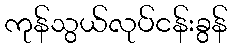
ကုန်သွယ်လုပ်ငန်းခွန်